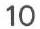
10